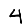
Digit: 4